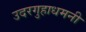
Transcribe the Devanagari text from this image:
उदरगुहाधमनी